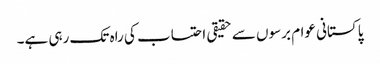
پاکستانی عوام برسوں سے حقیقی احتساب کی راہ تک رہی ہے۔